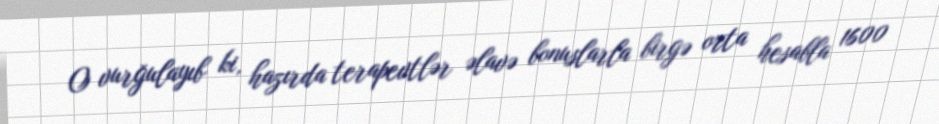
O vurğulayıb ki, hazırda terapevtlər əlavə bonuslarla birgə orta hesabla 1600